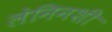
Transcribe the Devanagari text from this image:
लेनिनशी